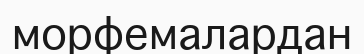
морфемалардан